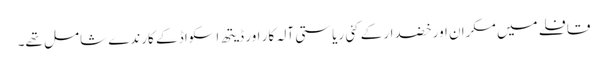
قافلے میں مکران اور خضدار کے کئی ریاستی آلہ کار اور ڈیتھ اسکواڈ کے کارندے شامل تھے۔